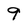
Character: 9